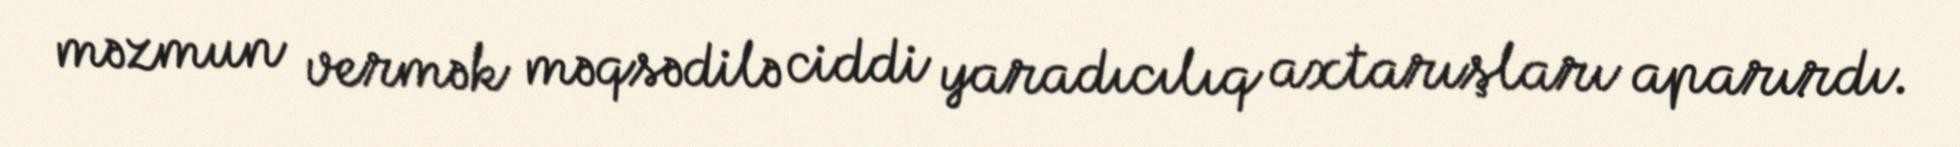
məzmun vermək məqsədilə ciddi yaradıcılıq axtarışları aparırdı.